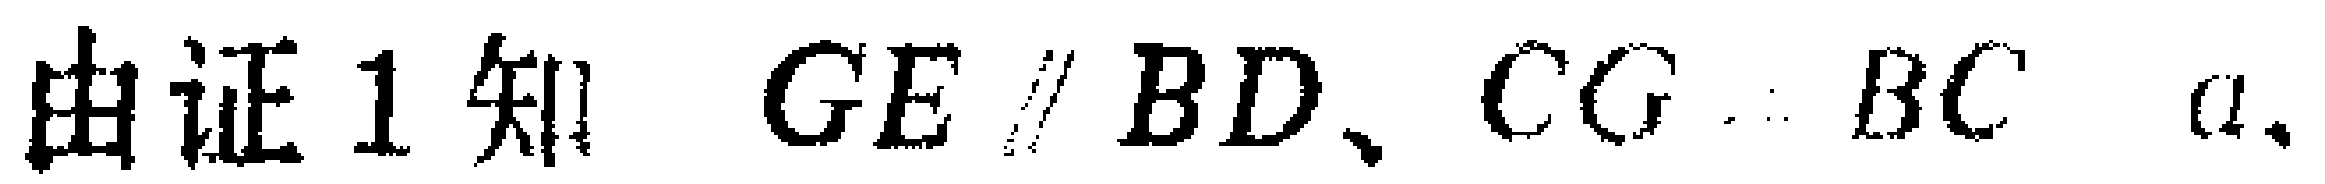
由证1知 \(GE \parallel BD、CG:BC = a.\)